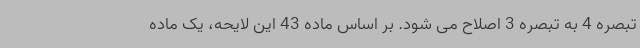
تبصره 4 به تبصره 3 اصلاح می شود. بر اساس ماده 43 این لایحه، یک ماده